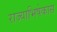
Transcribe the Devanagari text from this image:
राज्याभिषेकास